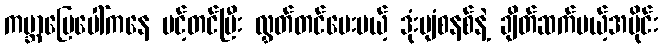
ကမ္ဘာမြေပေါ်ကနေ ပင့်တင်ပြီး လွှတ်တင်ပေးမယ့် ဒုံးပျံစနစ်နဲ့ ချိတ်ဆက်မယ့်အပိုင်း